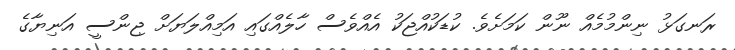
ރަނގަޅު ނިންމުމެއް ނޫން ކަމަށެވެ. ކުޑަކުއްޖަކު އެއްވެސް ހާލެއްގައި އަމިއްލަޔަށް ޖިންސީ އަނިޔާގެ